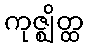
ကုဇ္ဈိတ္ထ